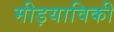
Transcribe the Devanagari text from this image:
मीड़याविकी